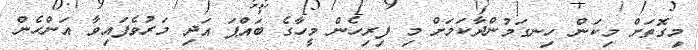
މިގޮތަށް މިކަން ހިނގަމުންދާކަމަށް މި ފިރިހެން މީހާގެ ބައްޕަ އަދި މަރުވެފައިވާ އަންހެން